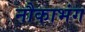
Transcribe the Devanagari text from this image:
नौकाभंग